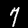
Label: 7